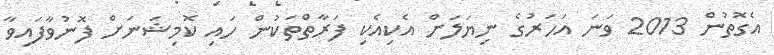
އެގޮތުން 2013 ވަނަ އަހަރުގެ ނިޔަލަށް އެކިއެކި ފަރާތްތަކުން ހައި ކޮމިޝަނަށް ފޮނުވާފައިވާ